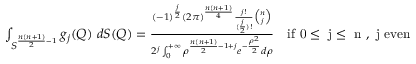
\begin{array} { r } { \int _ { S ^ { \frac { n ( n + 1 ) } { 2 } - 1 } } { g _ { j } ( Q ) \ d S ( Q ) } = \frac { ( - 1 ) ^ { \frac { j } { 2 } } ( 2 \pi ) ^ { \frac { n ( n + 1 ) } { 4 } } \frac { j ! } { ( \frac { j } { 2 } ) ! } \binom { n } { j } } { 2 ^ { j } \int _ { 0 } ^ { + \infty } { \rho ^ { \frac { n ( n + 1 ) } { 2 } - 1 + j } e ^ { - \frac { \rho ^ { 2 } } { 2 } } d \rho } } \quad \mathrm { i f ~ 0 \le ~ j \le ~ n ~ , ~ j ~ e v e n } } \end{array}